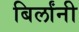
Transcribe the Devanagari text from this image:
बिर्लांनी